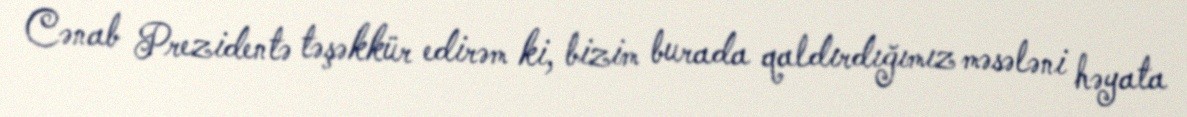
Cənab Prezidentə təşəkkür edirəm ki, bizim burada qaldırdığımız məsələni həyata